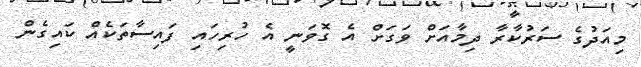
މިއަދުގެ ސަރުކާރާ ދިމާއަށް ވަގަށް އެ ގޮވަނީ އެ ހުރިހައި ފައިސާތަކެއް ކައިގެން